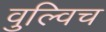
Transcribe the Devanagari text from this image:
वुल्विच